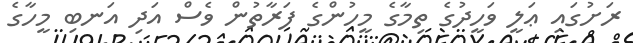
ރަށުގައި ޢަލީ ވަހީދުގެ ތިމާގެ މީހުންގެ ފަރާތުން ވެސް އަދި އަނބި މީހާގެ